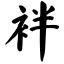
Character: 袢